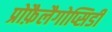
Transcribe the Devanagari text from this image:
प्रोफ़ैलैगोप्सिडी